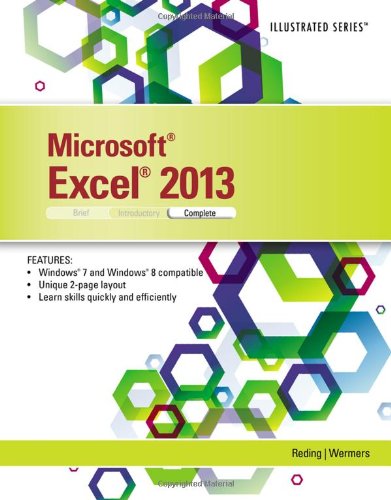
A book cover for Microsoft Excel 2013: Illustrated Complete; Elizabeth Reding; Computers & Technology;